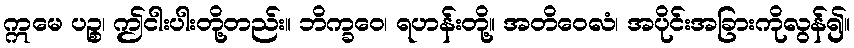
ဣမေ ပဉ္စ၊ ဤငါးပါးတို့တည်း။ ဘိက္ခဝေ၊ ရဟန်းတို့။ အတိဝေလံ၊ အပိုင်းအခြားကိုလွန်၍။